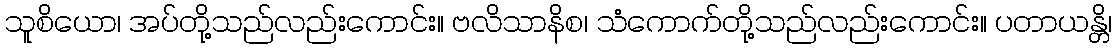
သူစိယော၊ အပ်တို့သည်လည်းကောင်း။ ဗလိသာနိစ၊ သံကောက်တို့သည်လည်းကောင်း။ ပတာယန္တိ၊